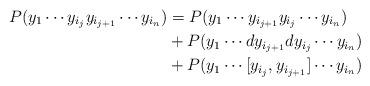
LaTeX: \begin{align*} P(y_1\cdots y_{i_j}y_{i_{j+1}}\cdots y_{i_n}) &= P(y_1\cdots y_{i_{j+1}}y_{i_{j}}\cdots y_{i_n}) \\ &+ P(y_1\cdots dy_{i_{j+1}}dy_{i_{j}}\cdots y_{i_n}) \\ &+ P(y_1\cdots [y_{i_{j}},y_{i_{j+1}}]\cdots y_{i_n}) \end{align*}